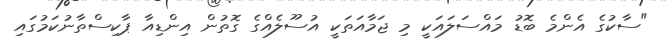
"ސާކުގެ އެންމެ ބޮޑު މައްސަލައަކީ މި ޖަމާއަތަކީ އުސޫލެއްގެ ގޮތުން އިންޑިއާ ޕާކިސްތާނުކަމުގައި